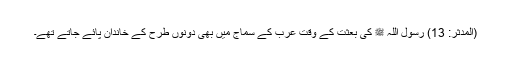
(المدّثّر: 13) رسول اللہ ﷺ کی بعثت کے وقت عرب کے سماج میں بھی دونوں طرح کے خاندان پائے جاتے تھے۔